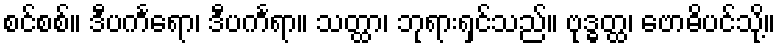
စင်စစ်။ ဒီပင်္ကရော၊ ဒီပင်္ကရာ။ သတ္ထာ၊ ဘုရားရှင်သည်။ ဗုဒ္ဓတ္ထ၊ ဗောဓိပင်သို့။